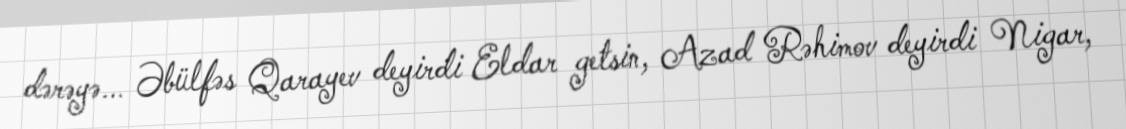
dərəyə... Əbülfəs Qarayev deyirdi Eldar getsin, Azad Rəhimov deyirdi Nigar,